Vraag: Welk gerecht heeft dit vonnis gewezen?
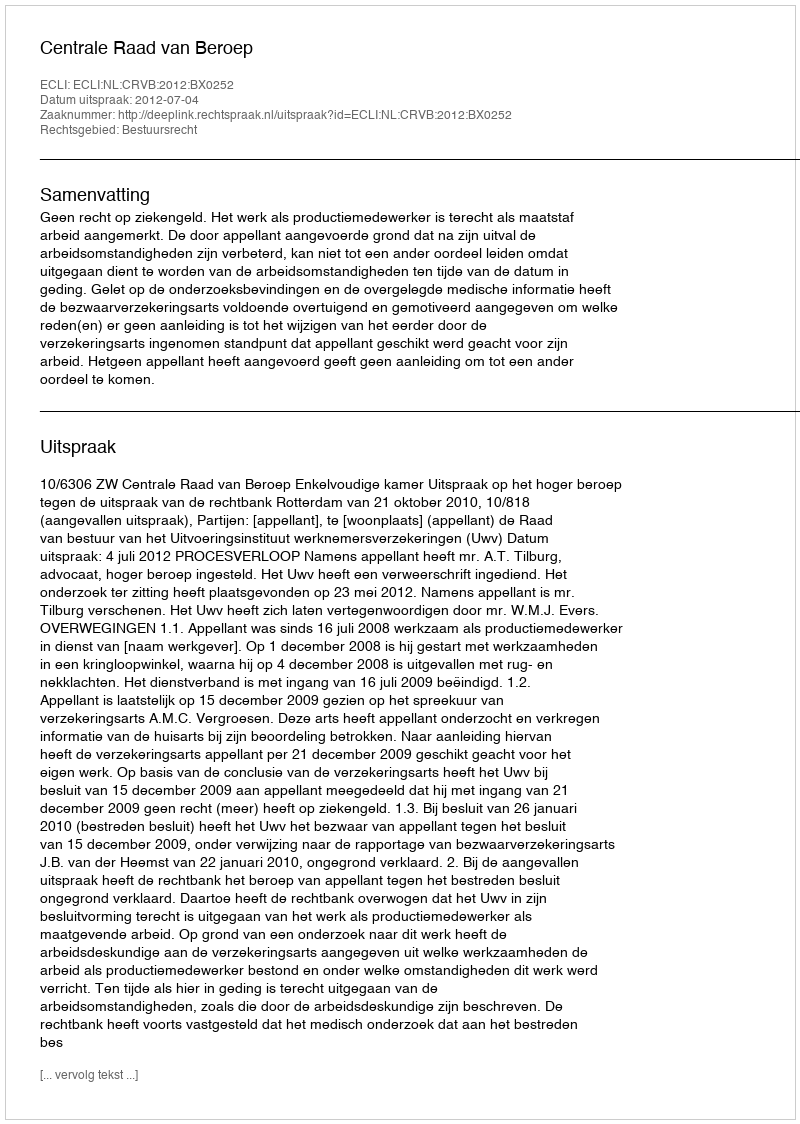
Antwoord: Centrale Raad van Beroep